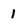
Character: 1